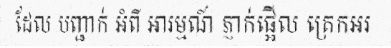
ដែល បញ្ជាក់ អំពី អារម្មណ៍ ភ្ញាក់ផ្អើល ត្រេកអរ